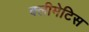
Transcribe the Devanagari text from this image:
क्लीमेटिस